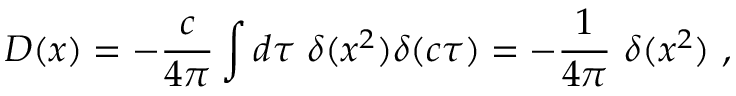
D ( x ) = - { \frac { c } { 4 \pi } } \int d \tau \ \delta ( x ^ { 2 } ) \delta ( c \tau ) = - { \frac { 1 } { 4 \pi } } \ \delta ( x ^ { 2 } ) \ ,